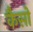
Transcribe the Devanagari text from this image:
कैसो